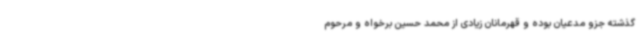
گذشته جزو مدعیان بوده و قهرمانان زیادی از محمد حسین برخواه و مرحوم